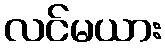
လင်မယား